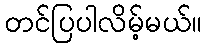
တင်ပြပါလိမ့်မယ်။